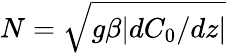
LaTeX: N=\sqrt{g\beta|dC_{0}/dz|}